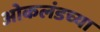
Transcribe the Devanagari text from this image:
ओकलंडच्या